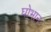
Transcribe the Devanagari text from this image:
घोभान